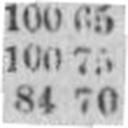
84 70